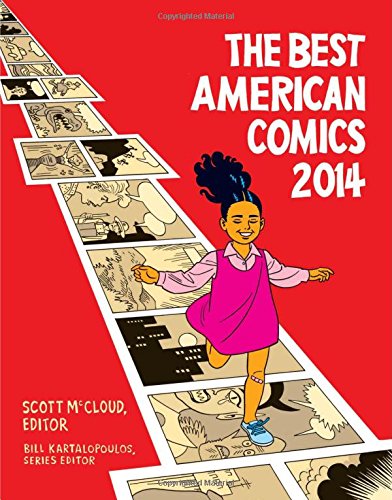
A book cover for The Best American Comics 2014; Comics & Graphic Novels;